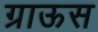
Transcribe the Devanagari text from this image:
ग्राऊस